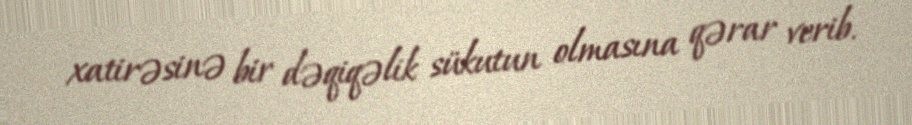
xatirəsinə bir dəqiqəlik sükutun olmasına qərar verib.